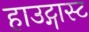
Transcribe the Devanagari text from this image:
हाउट्गास्ट